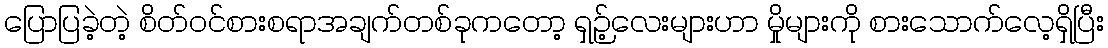
ပြောပြခဲ့တဲ့ စိတ်ဝင်စားစရာအချက်တစ်ခုကတော့ ရှဉ့်လေးများဟာ မှိုများကို စားသောက်လေ့ရှိပြီး